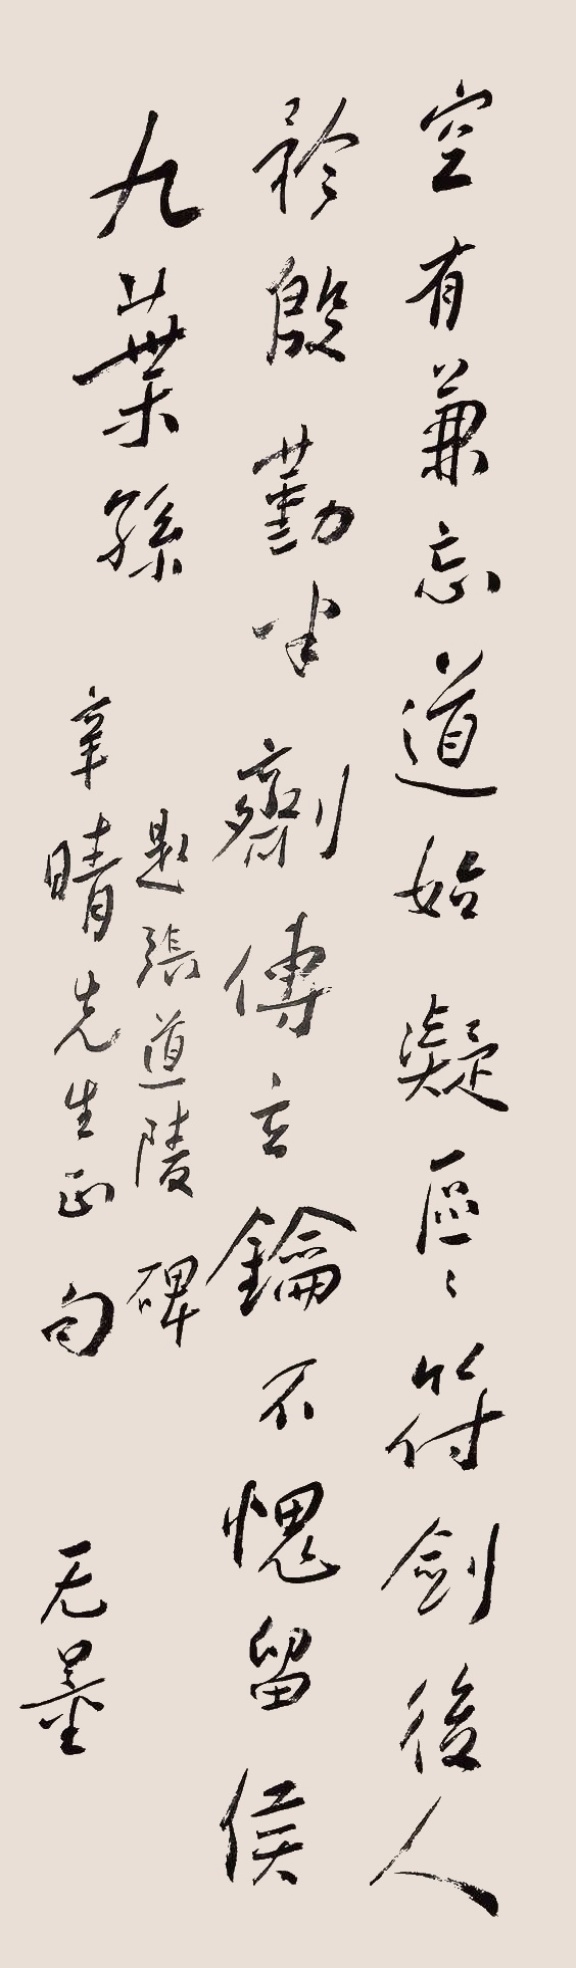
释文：空有兼忘道始凝，区区符剑矜后人，殷勤半剂传玄钥，不愧留侯九叶孙。题张道陵碑，辛晴先生正句，无量。